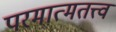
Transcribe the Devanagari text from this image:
परमात्मतत्त्व